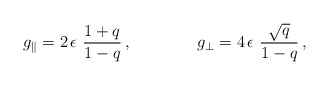
\begin{align*} g_{\parallel}=2\, \epsilon\ \frac{1+q}{1-q}\, ,\qquad\qquad g_{\perp}=4\, \epsilon\ \frac{\sqrt{q}}{1-q}\, ,\end{align*}